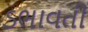
ડભાવતી